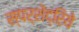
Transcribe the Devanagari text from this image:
स्पर्शेंद्रिये